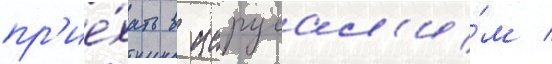
пр'ие́хать в иерусал'и́м /